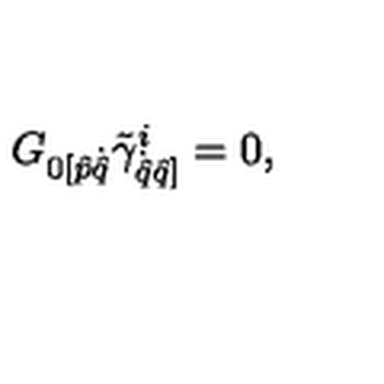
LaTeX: G _ { { 0 } [ \hat { p } { \dot { \hat { q } } } } \tilde { \gamma } _ { \dot { \hat { q } } { \hat { q } ] } } ^ { i } = 0 ,